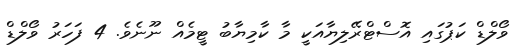
ވޯލްޑް ކަޕުގައި އޮސްޓްރޭލިޔާއަކީ މާ ކާމިޔާބު ޓީމެއް ނޫނެވެ. 4 ފަހަރު ވޯލްޑް